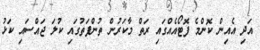
އަދި އެއިން ކޮންމެ ފޮޓޯއެއްގައި ރަތް މާކަރުން ތުންފަތުގައި ކުލަ ޖައްސައި ކަޅު